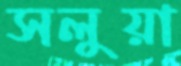
সলুয়া